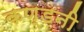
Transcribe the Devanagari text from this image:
कण्डनी